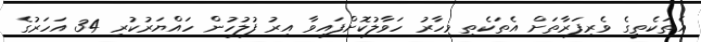
އެތަކެތީގެ ވެރިފަރާތަށް އެތަކެތި މިހާރު ހަވާލުކޮށްފައިވާ އިރު ފުލުހުން ހައްޔަރުކުރި 34 އަހަރުގެ